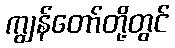
ကျွန်တော်တို့တွင်